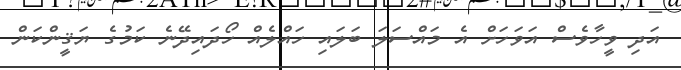
އަދި ވީހާވެސް އަވަހަށް އެ މައްސަލަ ބަލައި ހައްލެއް ހޯދައިދޭނެ ކަމުގެ ޔަޤީންކަން